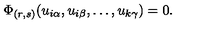
\Phi _ { ( r , s ) } ( u _ { i \alpha } , u _ { i \beta } , \ldots , u _ { k \gamma } ) = 0 .